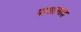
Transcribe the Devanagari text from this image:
पासाणाह